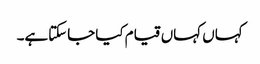
کہاں کہاں قیام کیا جاسکتاہے۔